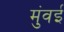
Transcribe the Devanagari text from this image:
मुंवई